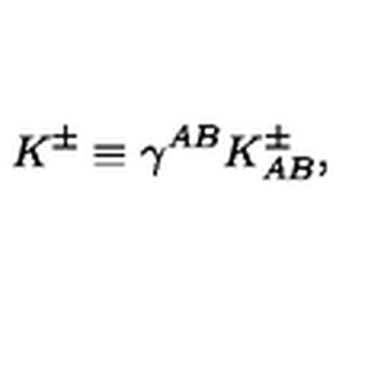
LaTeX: K ^ { \pm } \equiv \gamma ^ { A B } K _ { A B } ^ { \pm } ,